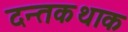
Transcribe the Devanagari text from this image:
दन्तकथाक